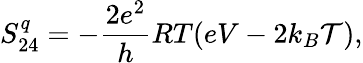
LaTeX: {S_{24}^{q}=-\frac{2e^{2}}{h}RT(eV-2k_{B}\mathcal{T}),}